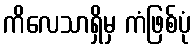
ကိလေသာရှိမှ ကံဖြစ်ပုံ